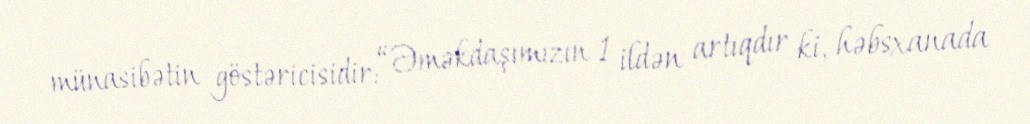
münasibətin göstəricisidir: “Əməkdaşımızın 1 ildən artıqdır ki, həbsxanada